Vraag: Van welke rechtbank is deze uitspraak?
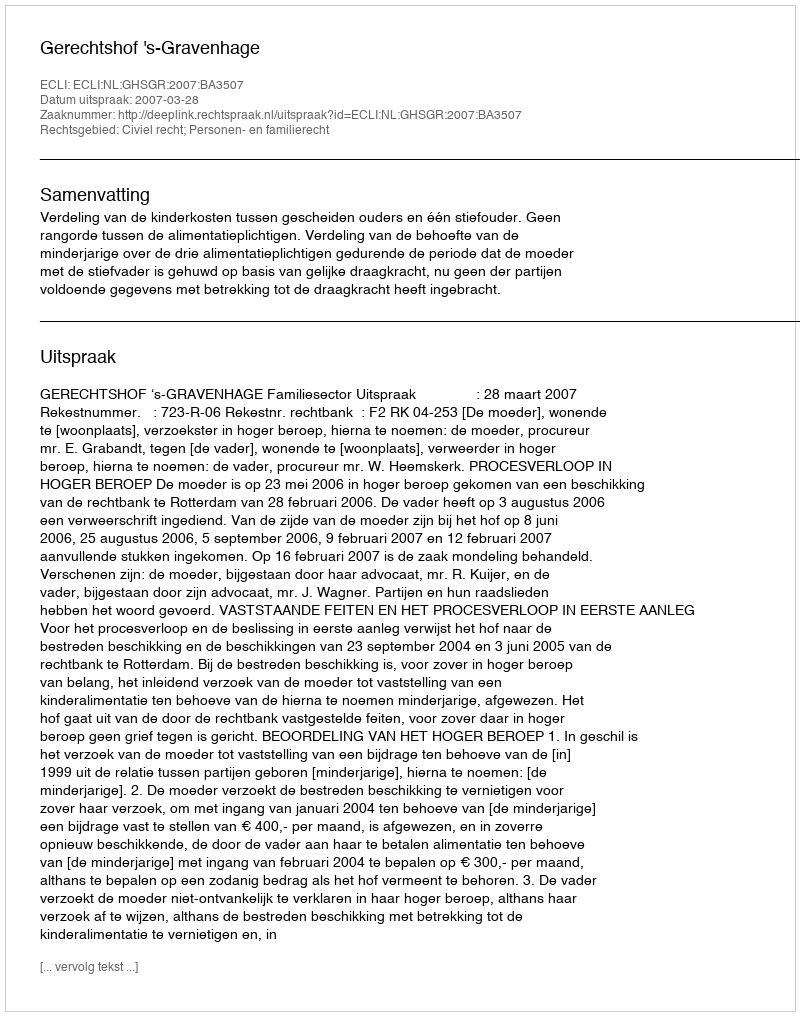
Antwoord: Gerechtshof 's-Gravenhage